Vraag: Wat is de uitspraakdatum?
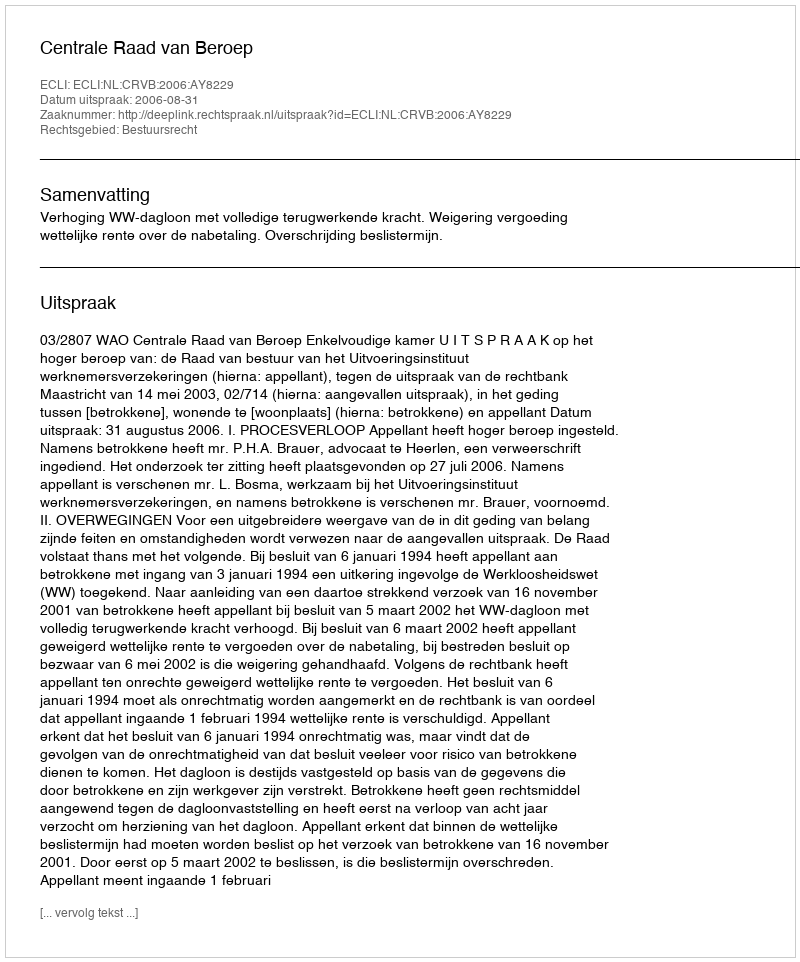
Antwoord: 2006-08-31